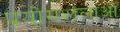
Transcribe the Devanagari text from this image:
प्रयोगशलाओं